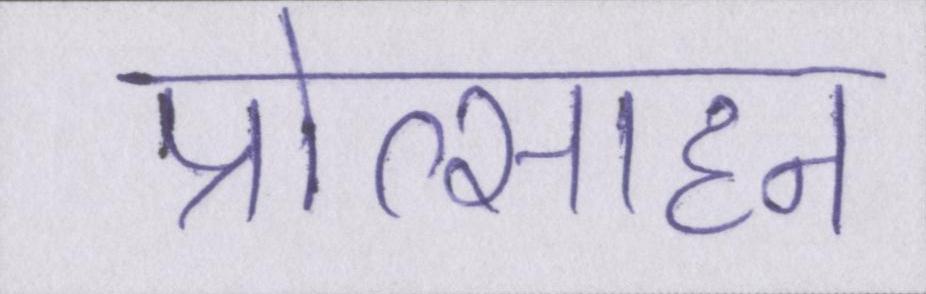
प्रोत्साहन